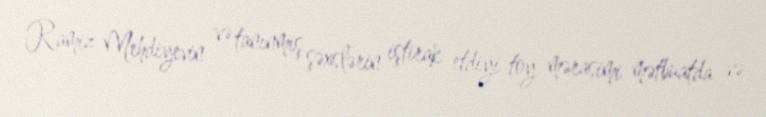
Ramiz Mehdiyevin və tanınmış şəxslərin iştirak etdiyi toy mərasimi mətbuatda və